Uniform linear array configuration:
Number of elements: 4
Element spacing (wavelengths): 0.25
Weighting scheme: hamming
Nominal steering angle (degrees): -30
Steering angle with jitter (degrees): -30.631
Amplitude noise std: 0.05
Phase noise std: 0.05

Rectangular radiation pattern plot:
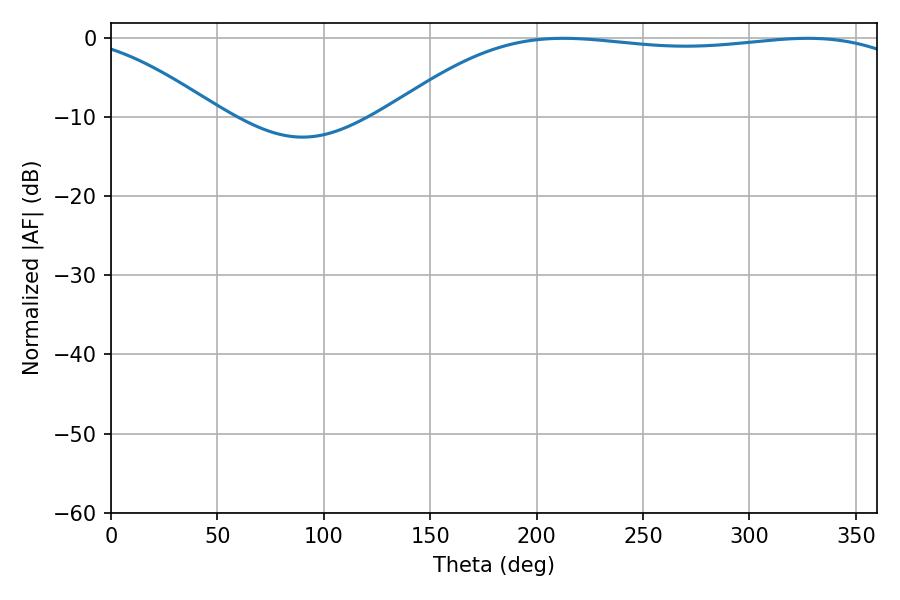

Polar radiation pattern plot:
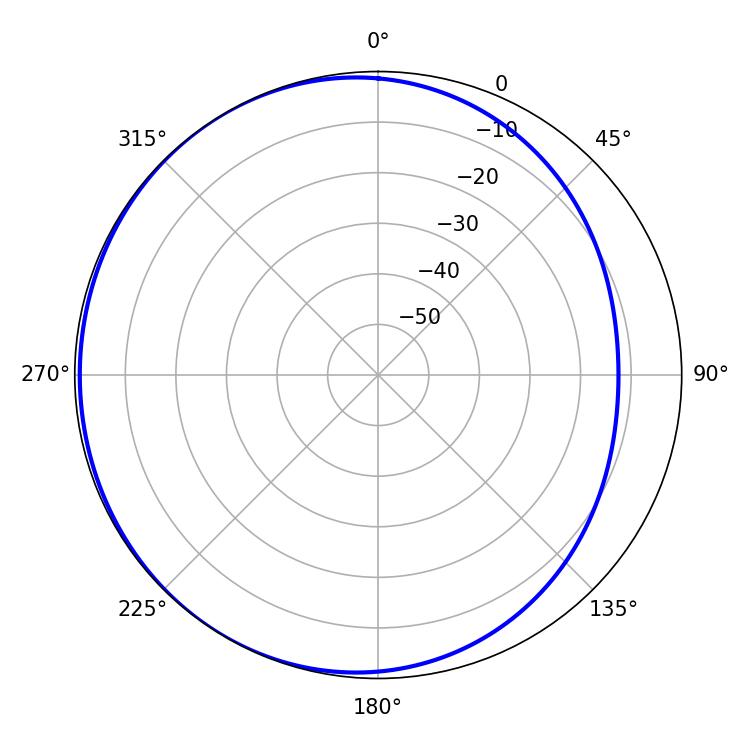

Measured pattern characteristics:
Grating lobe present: FALSE
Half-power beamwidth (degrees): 194.76
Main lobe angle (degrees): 212.58